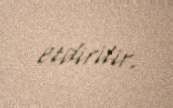
etdirilir.